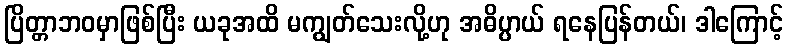
ပြိတ္တာဘဝမှာဖြစ်ပြီး ယခုအထိ မကျွတ်သေးလို့ဟု အဓိပ္ပာယ် ရနေပြန်တယ်၊ ဒါကြောင့်